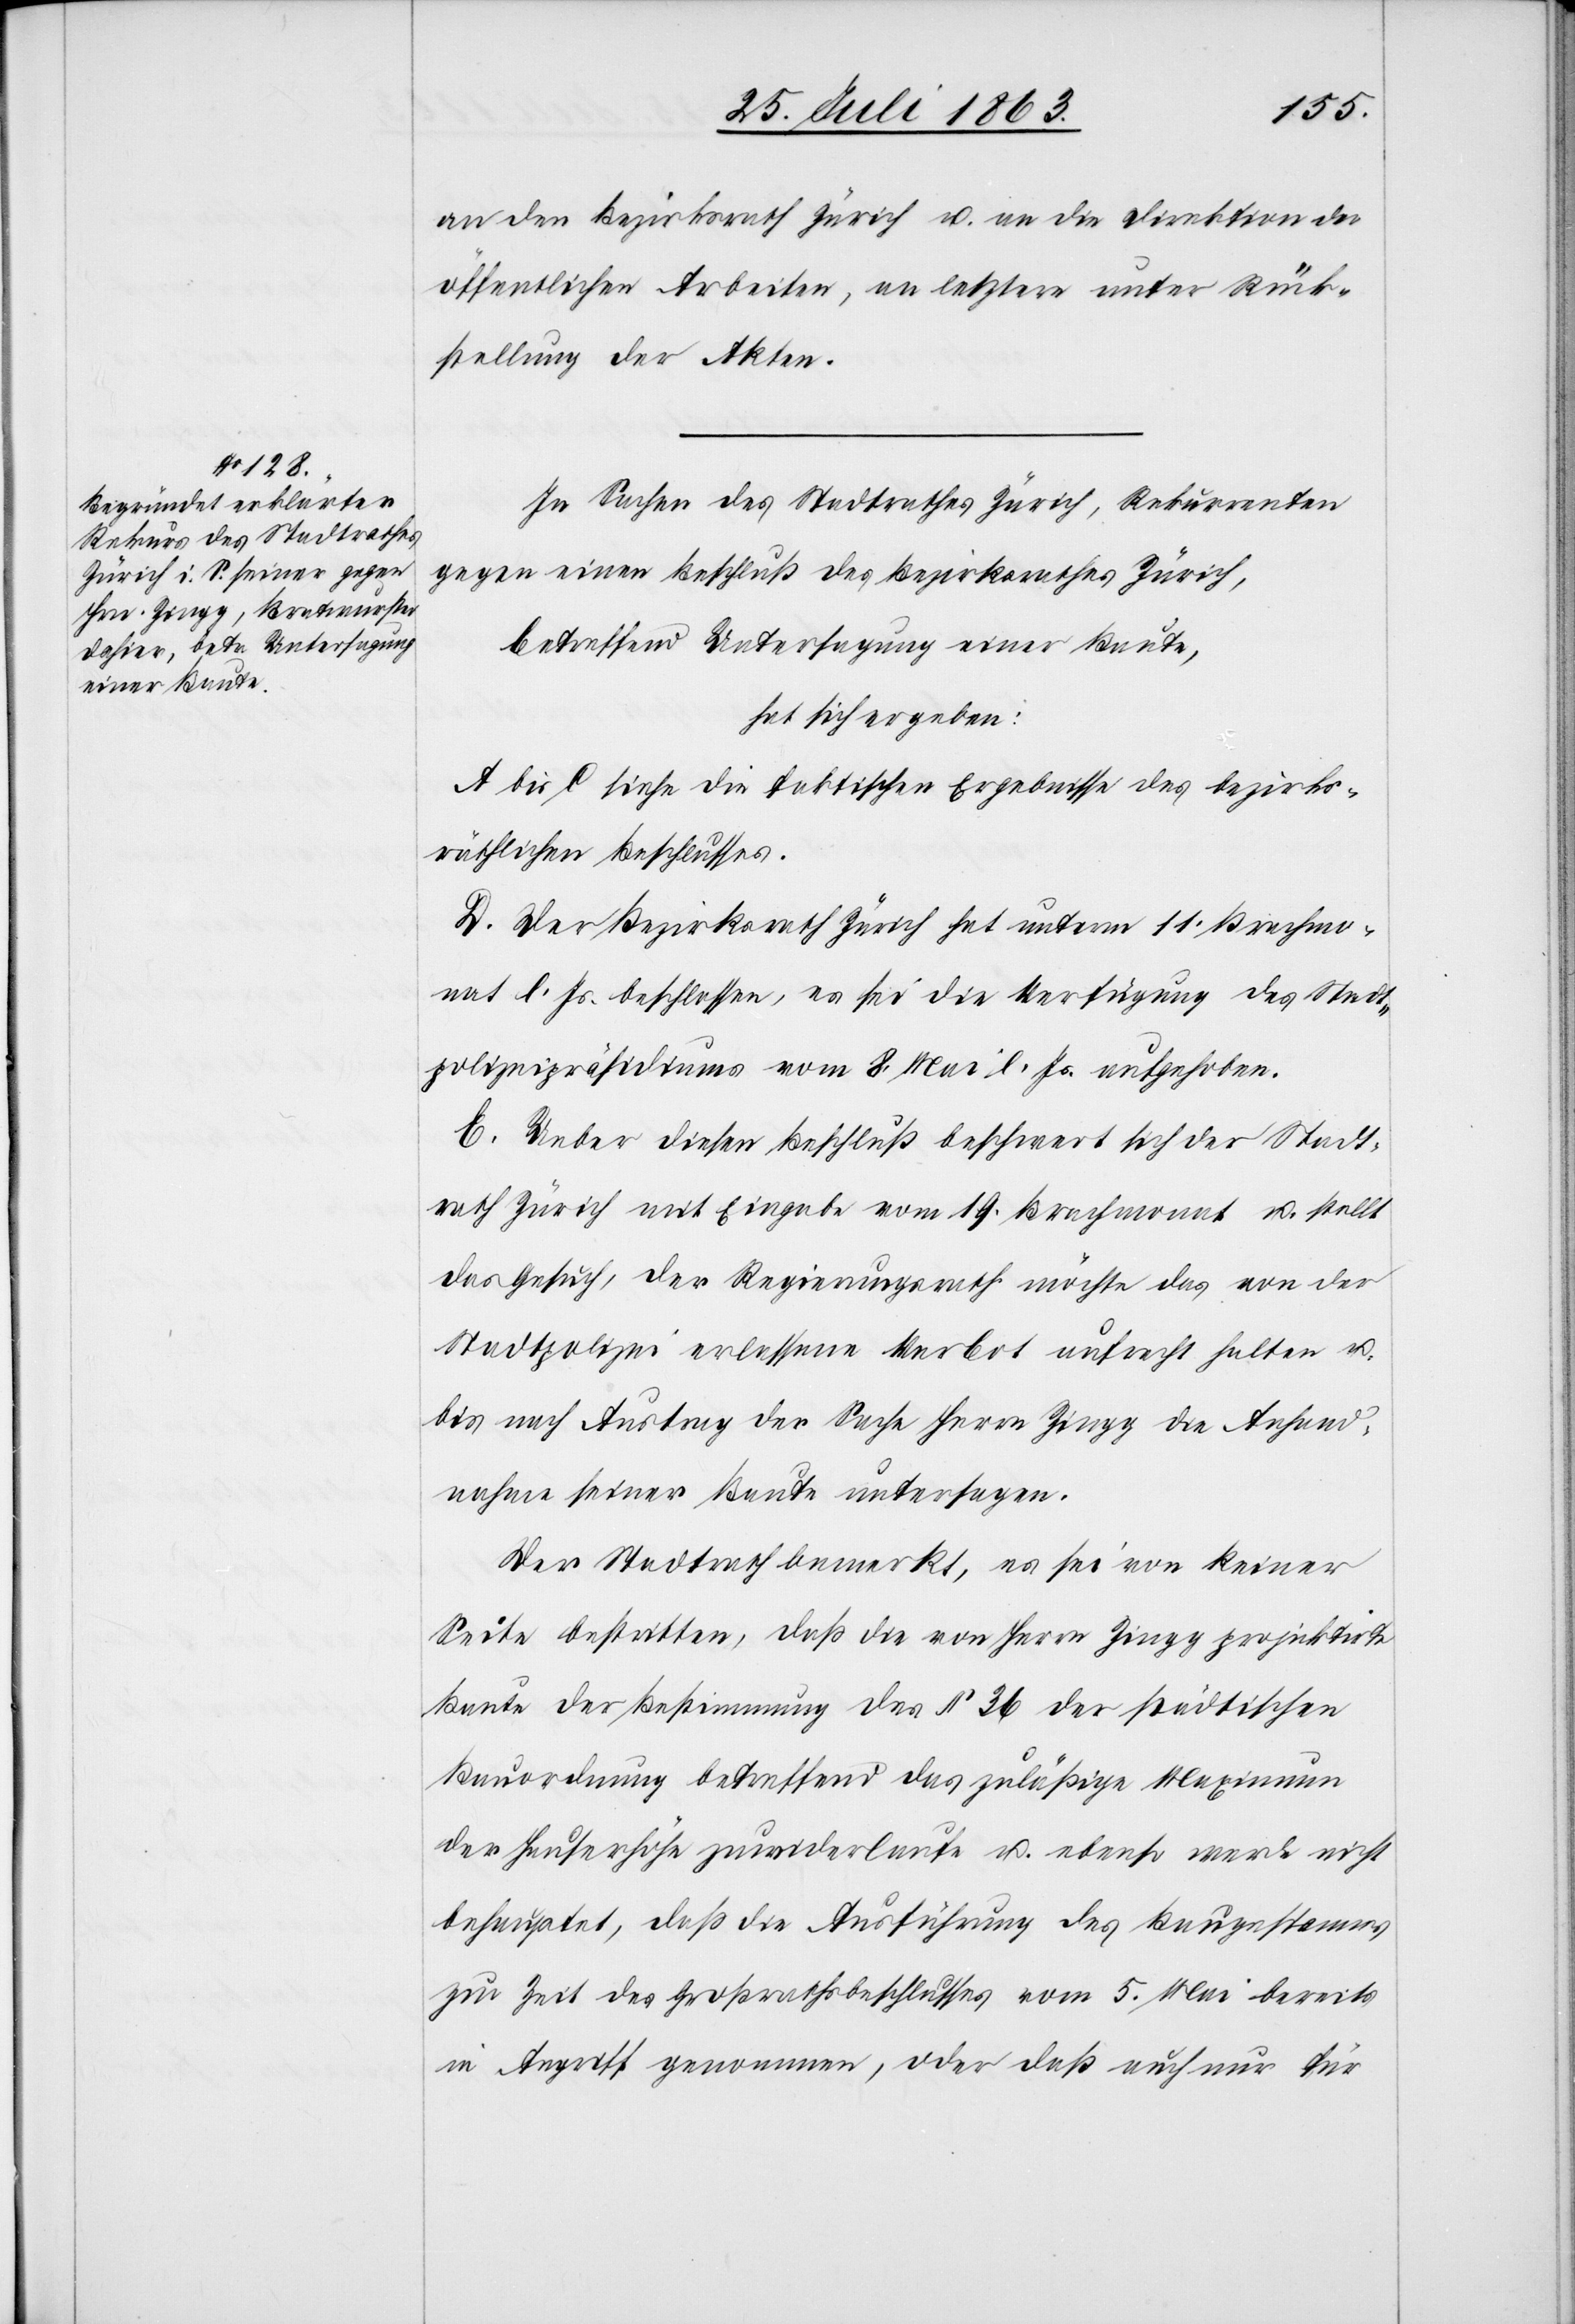
an den Bezirksrath Zürich u. an die Direktion der
öffentlichen Arbeiten, an letztere unter Rück¬
stellung der Akten.
In Sachen des Stadtrathes Zürich, Rekurrenten
gegen einen Beschluß des Bezirksrathes Zürich,
betreffend Untersagung einer Baute,
hat sich ergeben:
A bis C siehe die faktischen Ergebnisse des bezirks¬
räthlichen Beschlusses.
D. Der Bezirksrath Zürich hat unterm 11. Brachmo¬
nat l. Js. beschlossen, es sei die Verfügung des Stadt¬
polizeipräsidiums vom 8. Mai l. Js. aufgehoben.
E. Ueber diesen Beschluß beschwert sich der Stadt¬
rath Zürich mit Eingabe vom 19. Brachmonat u. stellt
das Gesuch, der Regierungsrath möchte das von der
Stadtpolizei erlassene Verbot aufrecht halten u.
bis nach Austrag der Sache Herrn Zingg die Anhand¬
nahme seiner Baute untersagen.
Der Stadtrath bemerkt, es sei von keiner
Seite bestritten, daß die von Herrn Zingg projektirte
Baute der Bestimmung des § 36 der städtischen
Bauordnung betreffend das zuläßige Maximum
der Hauserhöhe [sic!] zuwiderlaufe u. ebenso werde nicht
behauptet, daß die Ausführung des Baugespannes
zur Zeit des Großrathsbeschlusses vom 5. Mai bereits
in Angriff genommen, oder daß auch nur für